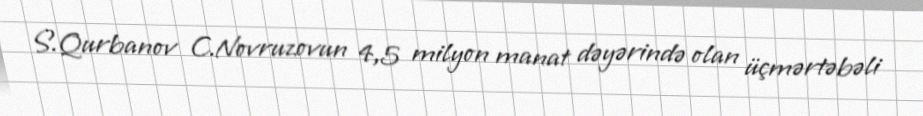
S.Qurbanov C.Novruzovun 4,5 milyon manat dəyərində olan üçmərtəbəli